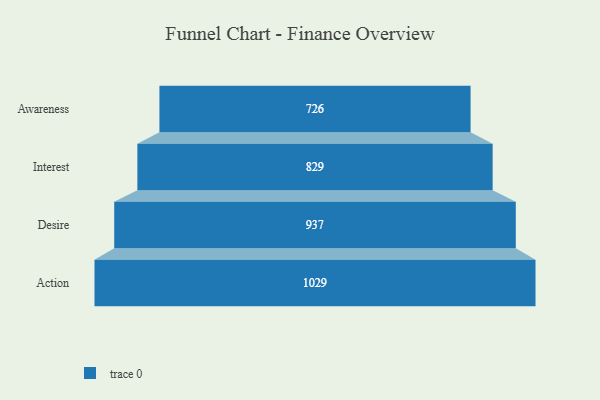
{"axis": {"x": "Stage", "y": "Value"}, "legend": [""], "data": [{"x": "Awareness", "y": 726.0, "type": ""}, {"x": "Interest", "y": 829.0, "type": ""}, {"x": "Desire", "y": 937.0, "type": ""}, {"x": "Action", "y": 1029.0, "type": ""}]}